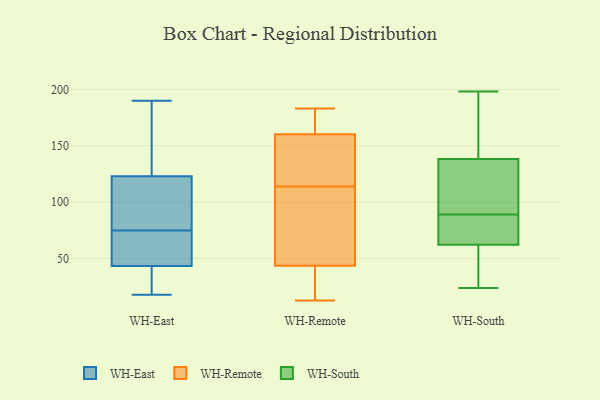
{"axis": {"x": "Population (Million)", "y": "Value"}, "legend": ["WH-East", "WH-Remote", "WH-South"], "data": [{"x": "", "y": 104, "type": "WH-East"}, {"x": "", "y": 75, "type": "WH-East"}, {"x": "", "y": 65, "type": "WH-East"}, {"x": "", "y": 117, "type": "WH-East"}, {"x": "", "y": 190, "type": "WH-East"}, {"x": "", "y": 75, "type": "WH-East"}, {"x": "", "y": 166, "type": "WH-East"}, {"x": "", "y": 43, "type": "WH-East"}, {"x": "", "y": 18, "type": "WH-East"}, {"x": "", "y": 44, "type": "WH-East"}, {"x": "", "y": 129, "type": "WH-East"}, {"x": "", "y": 19, "type": "WH-East"}, {"x": "", "y": 152, "type": "WH-Remote"}, {"x": "", "y": 13, "type": "WH-Remote"}, {"x": "", "y": 169, "type": "WH-Remote"}, {"x": "", "y": 52, "type": "WH-Remote"}, {"x": "", "y": 163, "type": "WH-Remote"}, {"x": "", "y": 18, "type": "WH-Remote"}, {"x": "", "y": 41, "type": "WH-Remote"}, {"x": "", "y": 124, "type": "WH-Remote"}, {"x": "", "y": 97, "type": "WH-Remote"}, {"x": "", "y": 114, "type": "WH-Remote"}, {"x": "", "y": 183, "type": "WH-Remote"}, {"x": "", "y": 45, "type": "WH-South"}, {"x": "", "y": 39, "type": "WH-South"}, {"x": "", "y": 68, "type": "WH-South"}, {"x": "", "y": 89, "type": "WH-South"}, {"x": "", "y": 24, "type": "WH-South"}, {"x": "", "y": 76, "type": "WH-South"}, {"x": "", "y": 198, "type": "WH-South"}, {"x": "", "y": 136, "type": "WH-South"}, {"x": "", "y": 88, "type": "WH-South"}, {"x": "", "y": 165, "type": "WH-South"}, {"x": "", "y": 109, "type": "WH-South"}, {"x": "", "y": 145, "type": "WH-South"}, {"x": "", "y": 109, "type": "WH-South"}]}